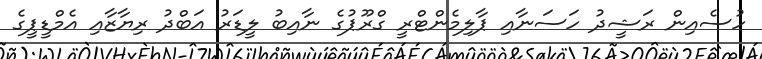
ހުސެއިން ރަޝީދު ހަސަނާއި ޕާލިމެންޓްރީ ގްރޫޕުގެ ނާއިބު ލީޑަރު އަބްދު ރިޔާޒާއި އެމްޑީޕީގެ